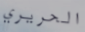
الحريري